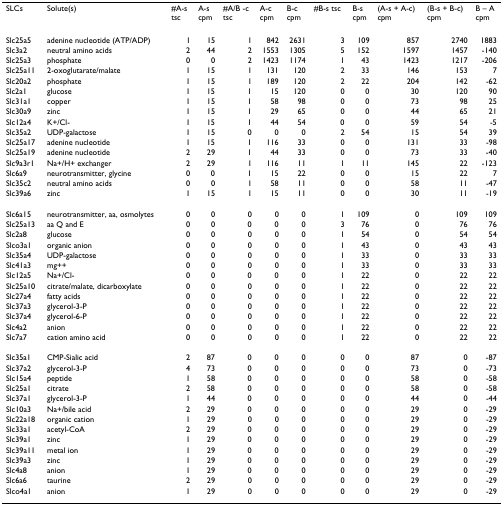
<table><thead><tr><td><b>SLCs</b></td><td><b>Solute(s)</b></td><td><b>#A-s tsc</b></td><td><b>A-s cpm</b></td><td><b>#A/B -c tsc</b></td><td><b>A-c cpm</b></td><td><b>B-c cpm</b></td><td><b>#B-s tsc</b></td><td><b>B-s cpm</b></td><td><b>(A-s + A-c) cpm</b></td><td><b>(B-s + B-c) cpm</b></td><td><b>B – A cpm</b></td></tr></thead><tbody><tr><td>Slc25a5</td><td>adenine nucleotide (ATP/ADP)</td><td>1</td><td>15</td><td>1</td><td>842</td><td>2631</td><td>3</td><td>109</td><td>857</td><td>2740</td><td>1883</td></tr><tr><td>Slc3a2</td><td>neutral amino acids</td><td>2</td><td>44</td><td>2</td><td>1553</td><td>1305</td><td>5</td><td>152</td><td>1597</td><td>1457</td><td>-140</td></tr><tr><td>Slc25a3</td><td>phosphate</td><td>0</td><td>0</td><td>2</td><td>1423</td><td>1174</td><td>1</td><td>43</td><td>1423</td><td>1217</td><td>-206</td></tr><tr><td>Slc25a11</td><td>2-oxoglutarate/malate</td><td>1</td><td>15</td><td>1</td><td>131</td><td>120</td><td>2</td><td>33</td><td>146</td><td>153</td><td>7</td></tr><tr><td>Slc20a2</td><td>phosphate</td><td>1</td><td>15</td><td>1</td><td>189</td><td>120</td><td>2</td><td>22</td><td>204</td><td>142</td><td>-62</td></tr><tr><td>Slc2a1</td><td>glucose</td><td>1</td><td>15</td><td>1</td><td>15</td><td>120</td><td>0</td><td>0</td><td>30</td><td>120</td><td>90</td></tr><tr><td>Slc31a1</td><td>copper</td><td>1</td><td>15</td><td>1</td><td>58</td><td>98</td><td>0</td><td>0</td><td>73</td><td>98</td><td>25</td></tr><tr><td>Slc30a9</td><td>zinc</td><td>1</td><td>15</td><td>1</td><td>29</td><td>65</td><td>0</td><td>0</td><td>44</td><td>65</td><td>21</td></tr><tr><td>Slc12a4</td><td>K+/Cl-</td><td>1</td><td>15</td><td>1</td><td>44</td><td>54</td><td>0</td><td>0</td><td>59</td><td>54</td><td>-5</td></tr><tr><td>Slc35a2</td><td>UDP-galactose</td><td>1</td><td>15</td><td>0</td><td>0</td><td>0</td><td>2</td><td>54</td><td>15</td><td>54</td><td>39</td></tr><tr><td>Slc25a17</td><td>adenine nucleotide</td><td>1</td><td>15</td><td>1</td><td>116</td><td>33</td><td>0</td><td>0</td><td>131</td><td>33</td><td>-98</td></tr><tr><td>Slc25a19</td><td>adenine nucleotide</td><td>2</td><td>29</td><td>1</td><td>44</td><td>33</td><td>0</td><td>0</td><td>73</td><td>33</td><td>-40</td></tr><tr><td>Slc9a3r1</td><td>Na+/H+ exchanger</td><td>2</td><td>29</td><td>1</td><td>116</td><td>11</td><td>1</td><td>11</td><td>145</td><td>22</td><td>-123</td></tr><tr><td>Slc6a9</td><td>neurotransmitter, glycine</td><td>0</td><td>0</td><td>1</td><td>15</td><td>22</td><td>0</td><td>0</td><td>15</td><td>22</td><td>7</td></tr><tr><td>Slc35c2</td><td>neutral amino acids</td><td>0</td><td>0</td><td>1</td><td>58</td><td>11</td><td>0</td><td>0</td><td>58</td><td>11</td><td>-47</td></tr><tr><td>Slc39a6</td><td>zinc</td><td>1</td><td>15</td><td>1</td><td>15</td><td>11</td><td>0</td><td>0</td><td>30</td><td>11</td><td>-19</td></tr><tr><td>Slc6a15</td><td>neurotransmitter, aa, osmolytes</td><td>0</td><td>0</td><td>0</td><td>0</td><td>0</td><td>1</td><td>109</td><td>0</td><td>109</td><td>109</td></tr><tr><td>Slc25a13</td><td>aa Q and E</td><td>0</td><td>0</td><td>0</td><td>0</td><td>0</td><td>3</td><td>76</td><td>0</td><td>76</td><td>76</td></tr><tr><td>Slc2a8</td><td>glucose</td><td>0</td><td>0</td><td>0</td><td>0</td><td>0</td><td>1</td><td>54</td><td>0</td><td>54</td><td>54</td></tr><tr><td>Slco3a1</td><td>organic anion</td><td>0</td><td>0</td><td>0</td><td>0</td><td>0</td><td>1</td><td>43</td><td>0</td><td>43</td><td>43</td></tr><tr><td>Slc35a4</td><td>UDP-galactose</td><td>0</td><td>0</td><td>0</td><td>0</td><td>0</td><td>1</td><td>33</td><td>0</td><td>33</td><td>33</td></tr><tr><td>Slc41a3</td><td>mg++</td><td>0</td><td>0</td><td>0</td><td>0</td><td>0</td><td>1</td><td>33</td><td>0</td><td>33</td><td>33</td></tr><tr><td>Slc12a5</td><td>Na+/Cl-</td><td>0</td><td>0</td><td>0</td><td>0</td><td>0</td><td>1</td><td>22</td><td>0</td><td>22</td><td>22</td></tr><tr><td>Slc25a10</td><td>citrate/malate, dicarboxylate</td><td>0</td><td>0</td><td>0</td><td>0</td><td>0</td><td>1</td><td>22</td><td>0</td><td>22</td><td>22</td></tr><tr><td>Slc27a4</td><td>fatty acids</td><td>0</td><td>0</td><td>0</td><td>0</td><td>0</td><td>1</td><td>22</td><td>0</td><td>22</td><td>22</td></tr><tr><td>Slc37a3</td><td>glycerol-3-P</td><td>0</td><td>0</td><td>0</td><td>0</td><td>0</td><td>1</td><td>22</td><td>0</td><td>22</td><td>22</td></tr><tr><td>Slc37a4</td><td>glycerol-6-P</td><td>0</td><td>0</td><td>0</td><td>0</td><td>0</td><td>1</td><td>22</td><td>0</td><td>22</td><td>22</td></tr><tr><td>Slc4a2</td><td>anion</td><td>0</td><td>0</td><td>0</td><td>0</td><td>0</td><td>1</td><td>22</td><td>0</td><td>22</td><td>22</td></tr><tr><td>Slc7a7</td><td>cation amino acid</td><td>0</td><td>0</td><td>0</td><td>0</td><td>0</td><td>1</td><td>22</td><td>0</td><td>22</td><td>22</td></tr><tr><td>Slc35a1</td><td>CMP-Sialic acid</td><td>2</td><td>87</td><td>0</td><td>0</td><td>0</td><td>0</td><td>0</td><td>87</td><td>0</td><td>-87</td></tr><tr><td>Slc37a2</td><td>glycerol-3-P</td><td>4</td><td>73</td><td>0</td><td>0</td><td>0</td><td>0</td><td>0</td><td>73</td><td>0</td><td>-73</td></tr><tr><td>Slc15a4</td><td>peptide</td><td>1</td><td>58</td><td>0</td><td>0</td><td>0</td><td>0</td><td>0</td><td>58</td><td>0</td><td>-58</td></tr><tr><td>Slc25a1</td><td>citrate</td><td>2</td><td>58</td><td>0</td><td>0</td><td>0</td><td>0</td><td>0</td><td>58</td><td>0</td><td>-58</td></tr><tr><td>Slc37a1</td><td>glycerol-3-P</td><td>1</td><td>44</td><td>0</td><td>0</td><td>0</td><td>0</td><td>0</td><td>44</td><td>0</td><td>-44</td></tr><tr><td>Slc10a3</td><td>Na+/bile acid</td><td>2</td><td>29</td><td>0</td><td>0</td><td>0</td><td>0</td><td>0</td><td>29</td><td>0</td><td>-29</td></tr><tr><td>Slc22a18</td><td>organic cation</td><td>1</td><td>29</td><td>0</td><td>0</td><td>0</td><td>0</td><td>0</td><td>29</td><td>0</td><td>-29</td></tr><tr><td>Slc33a1</td><td>acetyl-CoA</td><td>2</td><td>29</td><td>0</td><td>0</td><td>0</td><td>0</td><td>0</td><td>29</td><td>0</td><td>-29</td></tr><tr><td>Slc39a1</td><td>zinc</td><td>1</td><td>29</td><td>0</td><td>0</td><td>0</td><td>0</td><td>0</td><td>29</td><td>0</td><td>-29</td></tr><tr><td>Slc39a11</td><td>metal ion</td><td>1</td><td>29</td><td>0</td><td>0</td><td>0</td><td>0</td><td>0</td><td>29</td><td>0</td><td>-29</td></tr><tr><td>Slc39a3</td><td>zinc</td><td>1</td><td>29</td><td>0</td><td>0</td><td>0</td><td>0</td><td>0</td><td>29</td><td>0</td><td>-29</td></tr><tr><td>Slc4a8</td><td>anion</td><td>1</td><td>29</td><td>0</td><td>0</td><td>0</td><td>0</td><td>0</td><td>29</td><td>0</td><td>-29</td></tr><tr><td>Slc6a6</td><td>taurine</td><td>2</td><td>29</td><td>0</td><td>0</td><td>0</td><td>0</td><td>0</td><td>29</td><td>0</td><td>-29</td></tr><tr><td>Slco4a1</td><td>anion</td><td>1</td><td>29</td><td>0</td><td>0</td><td>0</td><td>0</td><td>0</td><td>29</td><td>0</td><td>-29</td></tr></tbody></table>